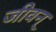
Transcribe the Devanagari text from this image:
जीवन्